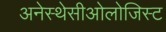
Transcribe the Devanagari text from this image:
अनेस्थेसीओलोजिस्ट